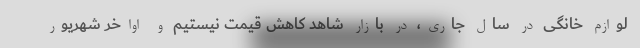
لوازم خانگی در سال جاری، در بازار شاهد کاهش قیمت نیستیم و اواخر شهریور